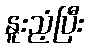
နူးညံ့ပြီး